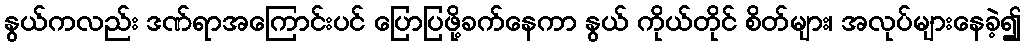
နွယ်ကလည်း ဒဏ်ရာအကြောင်းပင် ပြောပြဖို့ခက်နေကာ နွယ် ကိုယ်တိုင် စိတ်များ၊ အလုပ်များနေခဲ့၍